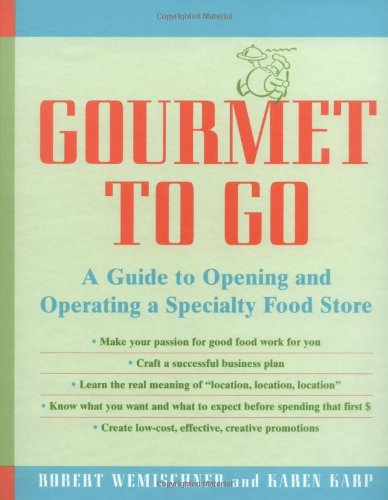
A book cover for Gourmet to Go: A Guide to Opening and Operating a Specialty Food Store; Robert Wemischner; Cookbooks, Food & Wine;